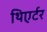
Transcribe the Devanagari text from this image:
थिएर्टर